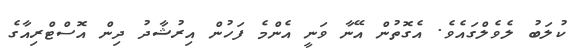
ކުލަބު ލެވެލްގައެވެ. އެގޮތުން އޭނާ ވަނީ އެންމެ ފަހުން އިރުޝާދު ދިން އޮސްޓްރިއާގެ